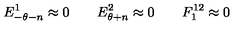
E _ { - \theta - n } ^ { 1 } \approx { } 0 \qquad E _ { \theta + n } ^ { 2 } \approx { } 0 \qquad F _ { 1 } ^ { 1 2 } \approx { } 0